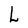
Character: L